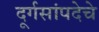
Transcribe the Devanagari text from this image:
दूर्गसांपदेचे